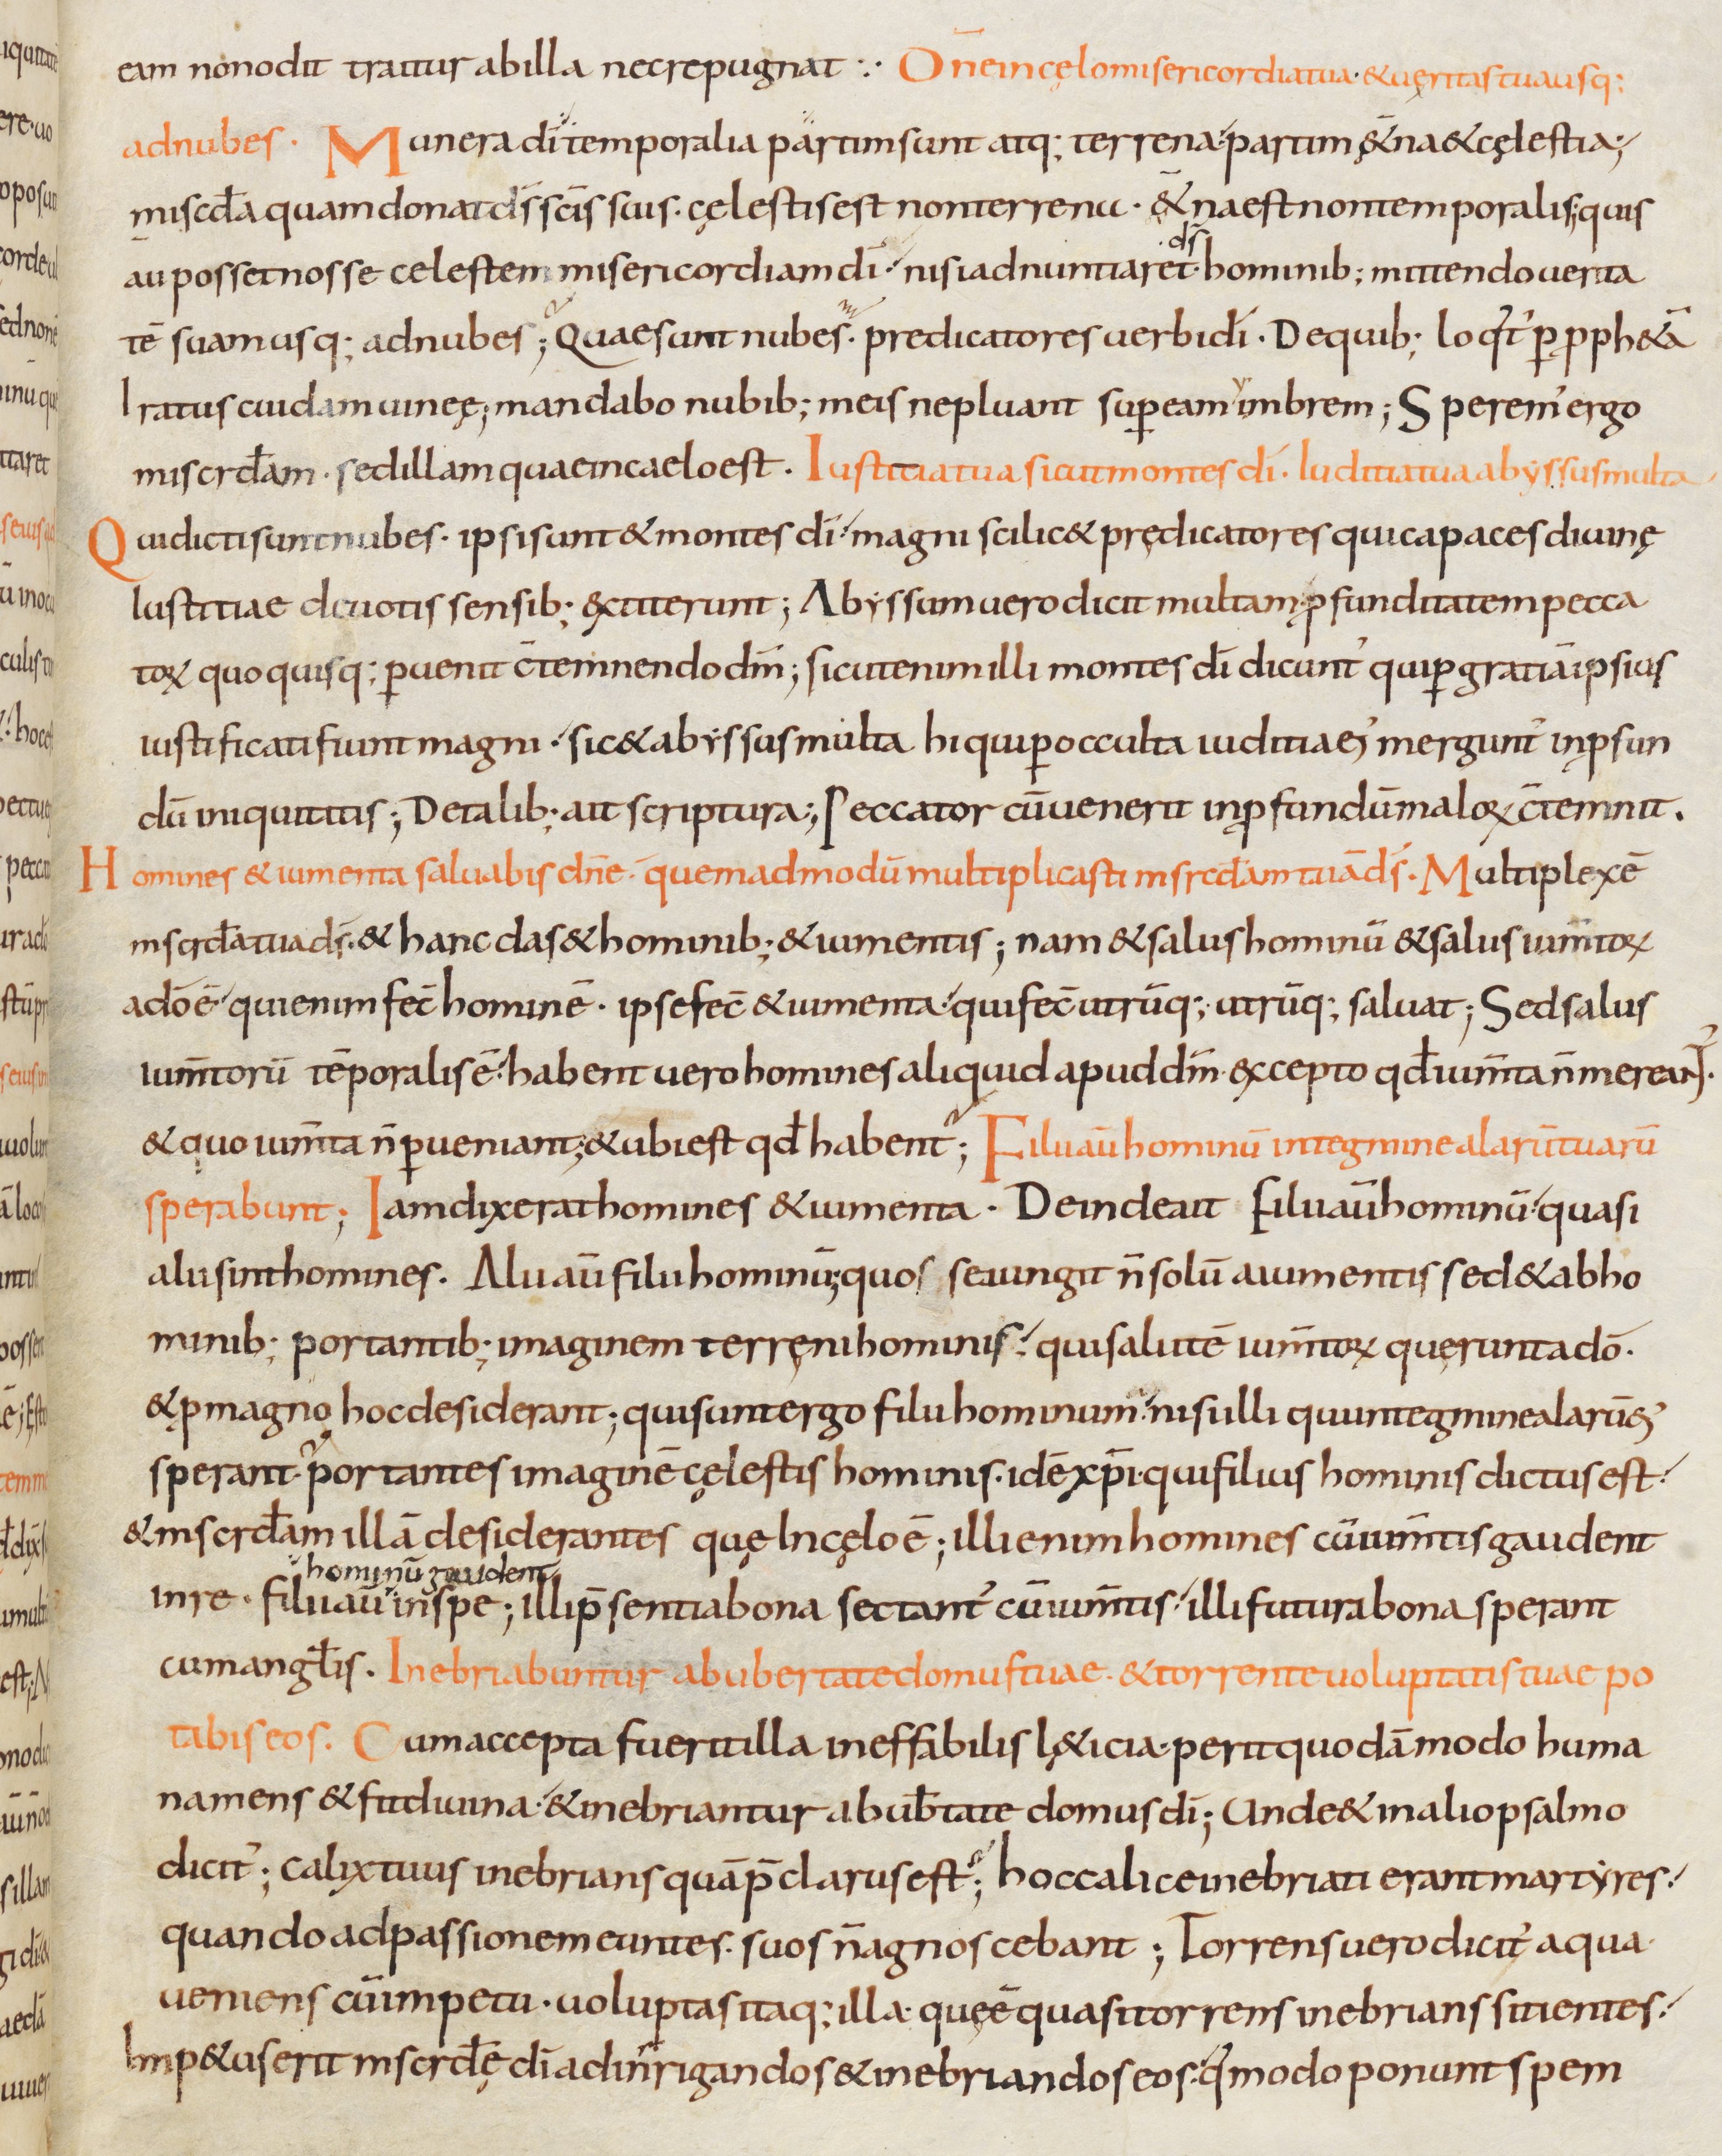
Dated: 800–899